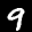
Label: 9